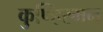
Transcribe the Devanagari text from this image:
कुण्हिरमन